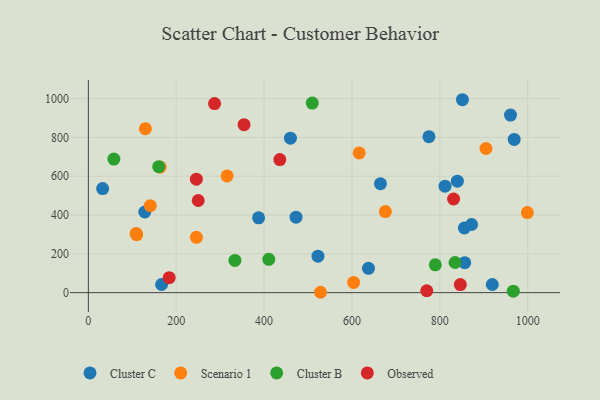
{"axis": {"x": "Engine Size", "y": "Yield"}, "legend": ["Cluster B", "Cluster C", "Observed", "Scenario 1"], "data": [{"x": "775.2", "y": 803.8, "type": "Cluster C"}, {"x": "811.8", "y": 548.6, "type": "Cluster C"}, {"x": "128.5", "y": 415.6, "type": "Cluster C"}, {"x": "960.8", "y": 915.1, "type": "Cluster C"}, {"x": "166.7", "y": 42.0, "type": "Cluster C"}, {"x": "855.8", "y": 333.1, "type": "Cluster C"}, {"x": "472.7", "y": 388.8, "type": "Cluster C"}, {"x": "32.5", "y": 536.3, "type": "Cluster C"}, {"x": "664.8", "y": 561.2, "type": "Cluster C"}, {"x": "459.9", "y": 796.1, "type": "Cluster C"}, {"x": "839.9", "y": 574.5, "type": "Cluster C"}, {"x": "919.4", "y": 42.1, "type": "Cluster C"}, {"x": "637.6", "y": 125.3, "type": "Cluster C"}, {"x": "872.2", "y": 351.1, "type": "Cluster C"}, {"x": "856.6", "y": 154.7, "type": "Cluster C"}, {"x": "851.4", "y": 994.3, "type": "Cluster C"}, {"x": "969.2", "y": 789.8, "type": "Cluster C"}, {"x": "387.5", "y": 385.5, "type": "Cluster C"}, {"x": "522.6", "y": 188.2, "type": "Cluster C"}, {"x": "110.0", "y": 298.6, "type": "Scenario 1"}, {"x": "315.8", "y": 601.5, "type": "Scenario 1"}, {"x": "141.0", "y": 448.0, "type": "Scenario 1"}, {"x": "163.4", "y": 647.4, "type": "Scenario 1"}, {"x": "999.2", "y": 412.5, "type": "Scenario 1"}, {"x": "616.4", "y": 720.2, "type": "Scenario 1"}, {"x": "603.7", "y": 52.6, "type": "Scenario 1"}, {"x": "905.0", "y": 743.0, "type": "Scenario 1"}, {"x": "528.4", "y": 1.9, "type": "Scenario 1"}, {"x": "245.9", "y": 285.0, "type": "Scenario 1"}, {"x": "108.8", "y": 305.0, "type": "Scenario 1"}, {"x": "676.1", "y": 418.0, "type": "Scenario 1"}, {"x": "129.8", "y": 845.3, "type": "Scenario 1"}, {"x": "58.1", "y": 688.6, "type": "Cluster B"}, {"x": "160.2", "y": 649.2, "type": "Cluster B"}, {"x": "967.2", "y": 7.7, "type": "Cluster B"}, {"x": "509.6", "y": 977.1, "type": "Cluster B"}, {"x": "789.6", "y": 143.6, "type": "Cluster B"}, {"x": "834.6", "y": 155.4, "type": "Cluster B"}, {"x": "410.6", "y": 171.9, "type": "Cluster B"}, {"x": "333.6", "y": 166.2, "type": "Cluster B"}, {"x": "250.1", "y": 474.9, "type": "Observed"}, {"x": "770.2", "y": 9.7, "type": "Observed"}, {"x": "831.2", "y": 482.7, "type": "Observed"}, {"x": "354.4", "y": 865.9, "type": "Observed"}, {"x": "287.3", "y": 974.4, "type": "Observed"}, {"x": "184.0", "y": 77.0, "type": "Observed"}, {"x": "846.6", "y": 41.6, "type": "Observed"}, {"x": "435.8", "y": 686.0, "type": "Observed"}, {"x": "245.9", "y": 584.7, "type": "Observed"}]}